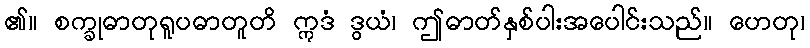
၏။ စက္ခုဓာတုရူပဓာတူတိ ဣဒံ ဒွယံ၊ ဤဓာတ်နှစ်ပါးအပေါင်းသည်။ ဟေတု၊